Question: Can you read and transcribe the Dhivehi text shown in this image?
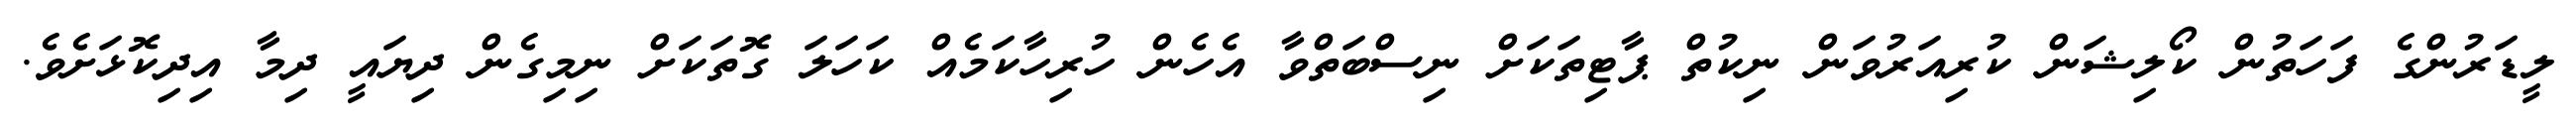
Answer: ލީޑަރުންގެ ފަހަތުން ކޯލިޝަން ކުރިއަރުވަން ނިކުތް ޕާޓިތަކަށް ނިސްބަތްވާ އެހެން ހުރިހާކަމެއް ކަހަލަ ގޮތަކަށް ނިމިގެން ދިޔައީ ދިމާ އިދިކޮޅަށެވެ.